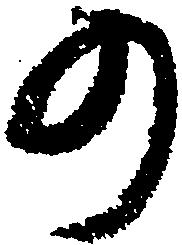
の